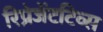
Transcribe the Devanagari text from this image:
रिप्रेजेंटटिव्स